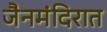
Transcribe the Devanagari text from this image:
जैनमंदिरात